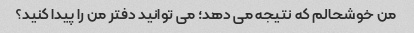
من خوشحالم که نتیجه می دهد؛ می توانید دفتر من را پیدا کنید؟